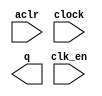
// megafunction wizard: %LPM_COUNTER%VBB%
// GENERATION: STANDARD
// VERSION: WM1.0
// MODULE: lpm_counter 

// ============================================================
// Megafunction Name(s):
// 			lpm_counter
//
// Simulation Library Files(s):
// 			lpm
// ============================================================
// ************************************************************
// THIS IS A WIZARD-GENERATED FILE. DO NOT EDIT THIS FILE!
//
// 9.1 Build 222 10/21/2009 SJ Full Version
// ************************************************************

//Copyright (C) 1991-2009 Altera Corporation
//Your use of Altera Corporation's design tools, logic functions 
//and other software and tools, and its AMPP partner logic 
//functions, and any output files from any of the foregoing 
//(including device programming or simulation files), and any 
//associated documentation or information are expressly subject 
//to the terms and conditions of the Altera Program License 
//Subscription Agreement, Altera MegaCore Function License 
//Agreement, or other applicable license agreement, including, 
//without limitation, that your use is for the sole purpose of 
//programming logic devices manufactured by Altera and sold by 
//Altera or its authorized distributors.  Please refer to the 
//applicable agreement for further details.

module lpm_counter_j (
	aclr,
	clk_en,
	clock,
	q);

	input	  aclr;
	input	  clk_en;
	input	  clock;
	output	[6:0]  q;

endmodule

// ============================================================
// CNX file retrieval info
// ============================================================
// Retrieval info: PRIVATE: ACLR NUMERIC "1"
// Retrieval info: PRIVATE: ALOAD NUMERIC "0"
// Retrieval info: PRIVATE: ASET NUMERIC "0"
// Retrieval info: PRIVATE: ASET_ALL1 NUMERIC "1"
// Retrieval info: PRIVATE: CLK_EN NUMERIC "1"
// Retrieval info: PRIVATE: CNT_EN NUMERIC "0"
// Retrieval info: PRIVATE: CarryIn NUMERIC "0"
// Retrieval info: PRIVATE: CarryOut NUMERIC "0"
// Retrieval info: PRIVATE: Direction NUMERIC "0"
// Retrieval info: PRIVATE: INTENDED_DEVICE_FAMILY STRING "Cyclone II"
// Retrieval info: PRIVATE: ModulusCounter NUMERIC "0"
// Retrieval info: PRIVATE: ModulusValue NUMERIC "0"
// Retrieval info: PRIVATE: SCLR NUMERIC "0"
// Retrieval info: PRIVATE: SLOAD NUMERIC "0"
// Retrieval info: PRIVATE: SSET NUMERIC "0"
// Retrieval info: PRIVATE: SSET_ALL1 NUMERIC "1"
// Retrieval info: PRIVATE: SYNTH_WRAPPER_GEN_POSTFIX STRING "0"
// Retrieval info: PRIVATE: nBit NUMERIC "7"
// Retrieval info: CONSTANT: LPM_DIRECTION STRING "UP"
// Retrieval info: CONSTANT: LPM_PORT_UPDOWN STRING "PORT_UNUSED"
// Retrieval info: CONSTANT: LPM_TYPE STRING "LPM_COUNTER"
// Retrieval info: CONSTANT: LPM_WIDTH NUMERIC "7"
// Retrieval info: USED_PORT: aclr 0 0 0 0 INPUT NODEFVAL aclr
// Retrieval info: USED_PORT: clk_en 0 0 0 0 INPUT NODEFVAL clk_en
// Retrieval info: USED_PORT: clock 0 0 0 0 INPUT NODEFVAL clock
// Retrieval info: USED_PORT: q 0 0 7 0 OUTPUT NODEFVAL q[6..0]
// Retrieval info: CONNECT: @clock 0 0 0 0 clock 0 0 0 0
// Retrieval info: CONNECT: q 0 0 7 0 @q 0 0 7 0
// Retrieval info: CONNECT: @clk_en 0 0 0 0 clk_en 0 0 0 0
// Retrieval info: CONNECT: @aclr 0 0 0 0 aclr 0 0 0 0
// Retrieval info: LIBRARY: lpm lpm.lpm_components.all
// Retrieval info: GEN_FILE: TYPE_NORMAL lpm_counter_j.v TRUE
// Retrieval info: GEN_FILE: TYPE_NORMAL lpm_counter_j.inc FALSE
// Retrieval info: GEN_FILE: TYPE_NORMAL lpm_counter_j.cmp FALSE
// Retrieval info: GEN_FILE: TYPE_NORMAL lpm_counter_j.bsf TRUE FALSE
// Retrieval info: GEN_FILE: TYPE_NORMAL lpm_counter_j_inst.v FALSE
// Retrieval info: GEN_FILE: TYPE_NORMAL lpm_counter_j_bb.v TRUE
// Retrieval info: GEN_FILE: TYPE_NORMAL lpm_counter_j_waveforms.html TRUE
// Retrieval info: GEN_FILE: TYPE_NORMAL lpm_counter_j_wave*.jpg FALSE
// Retrieval info: LIB_FILE: lpm